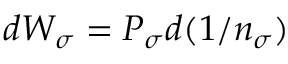
d { \cal W } _ { \sigma } = { \cal P } _ { \sigma } d ( 1 / n _ { \sigma } )